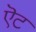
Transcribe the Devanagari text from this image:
ऎट